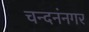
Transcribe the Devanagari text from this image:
चन्दनंनगर